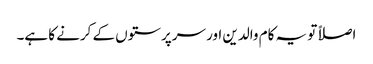
اصلاً تو یہ کام والدین اور سرپرستوں کے کرنے کا ہے۔